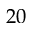
2 0